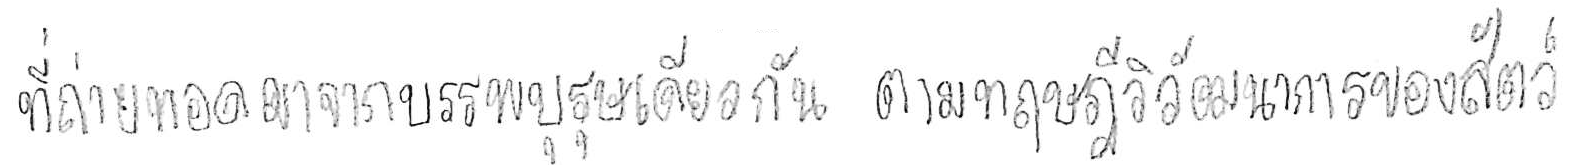
ที่ถ่ายทอดมาจากบรรพบุรุษเดียวกัน ตามทฤษฎีวิวัฒนาการของสัตว์